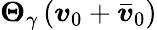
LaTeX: \boldsymbol{\Theta}_{\gamma}\left(\boldsymbol{v}_{0}+{\boldsymbol{\bar{v}}}_{0}\right)